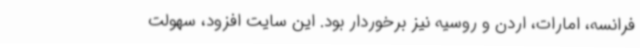
فرانسه، امارات، اردن و روسیه نیز برخوردار بود. این سایت افزود، سهولت